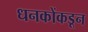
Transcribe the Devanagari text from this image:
धनकोंकडून